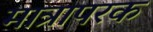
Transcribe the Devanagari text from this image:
मात्रापरक